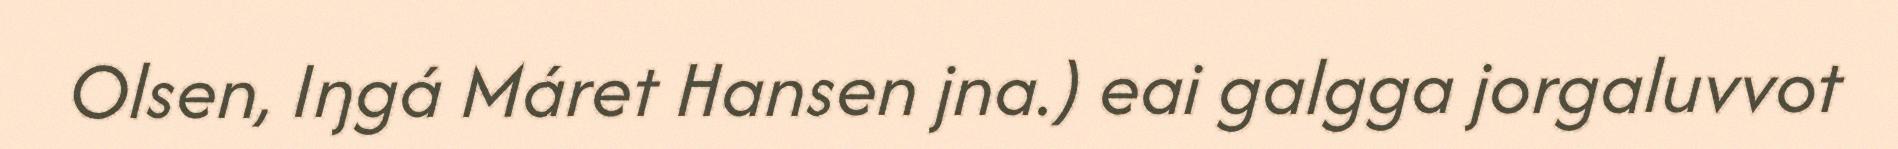
Olsen, Iŋgá Máret Hansen jna.) eai galgga jorgaluvvot